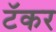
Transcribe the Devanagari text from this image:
टॅकर